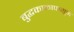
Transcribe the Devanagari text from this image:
बुद्धकाळापासून